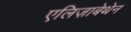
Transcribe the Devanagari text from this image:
एलिज़ाबेथेन